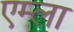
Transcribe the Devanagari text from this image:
एम्ला